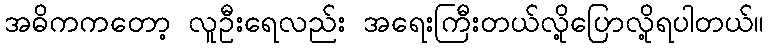
အဓိကကတော့ လူဦးရေလည်း အရေးကြီးတယ်လို့ပြောလို့ရပါတယ်။